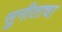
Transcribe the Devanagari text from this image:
सुनीताचा